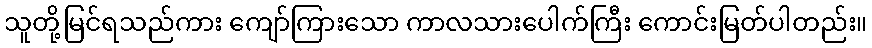
သူတို့မြင်ရသည်ကား ကျော်ကြားသော ကာလသားပေါက်ကြီး ကောင်းမြတ်ပါတည်း။